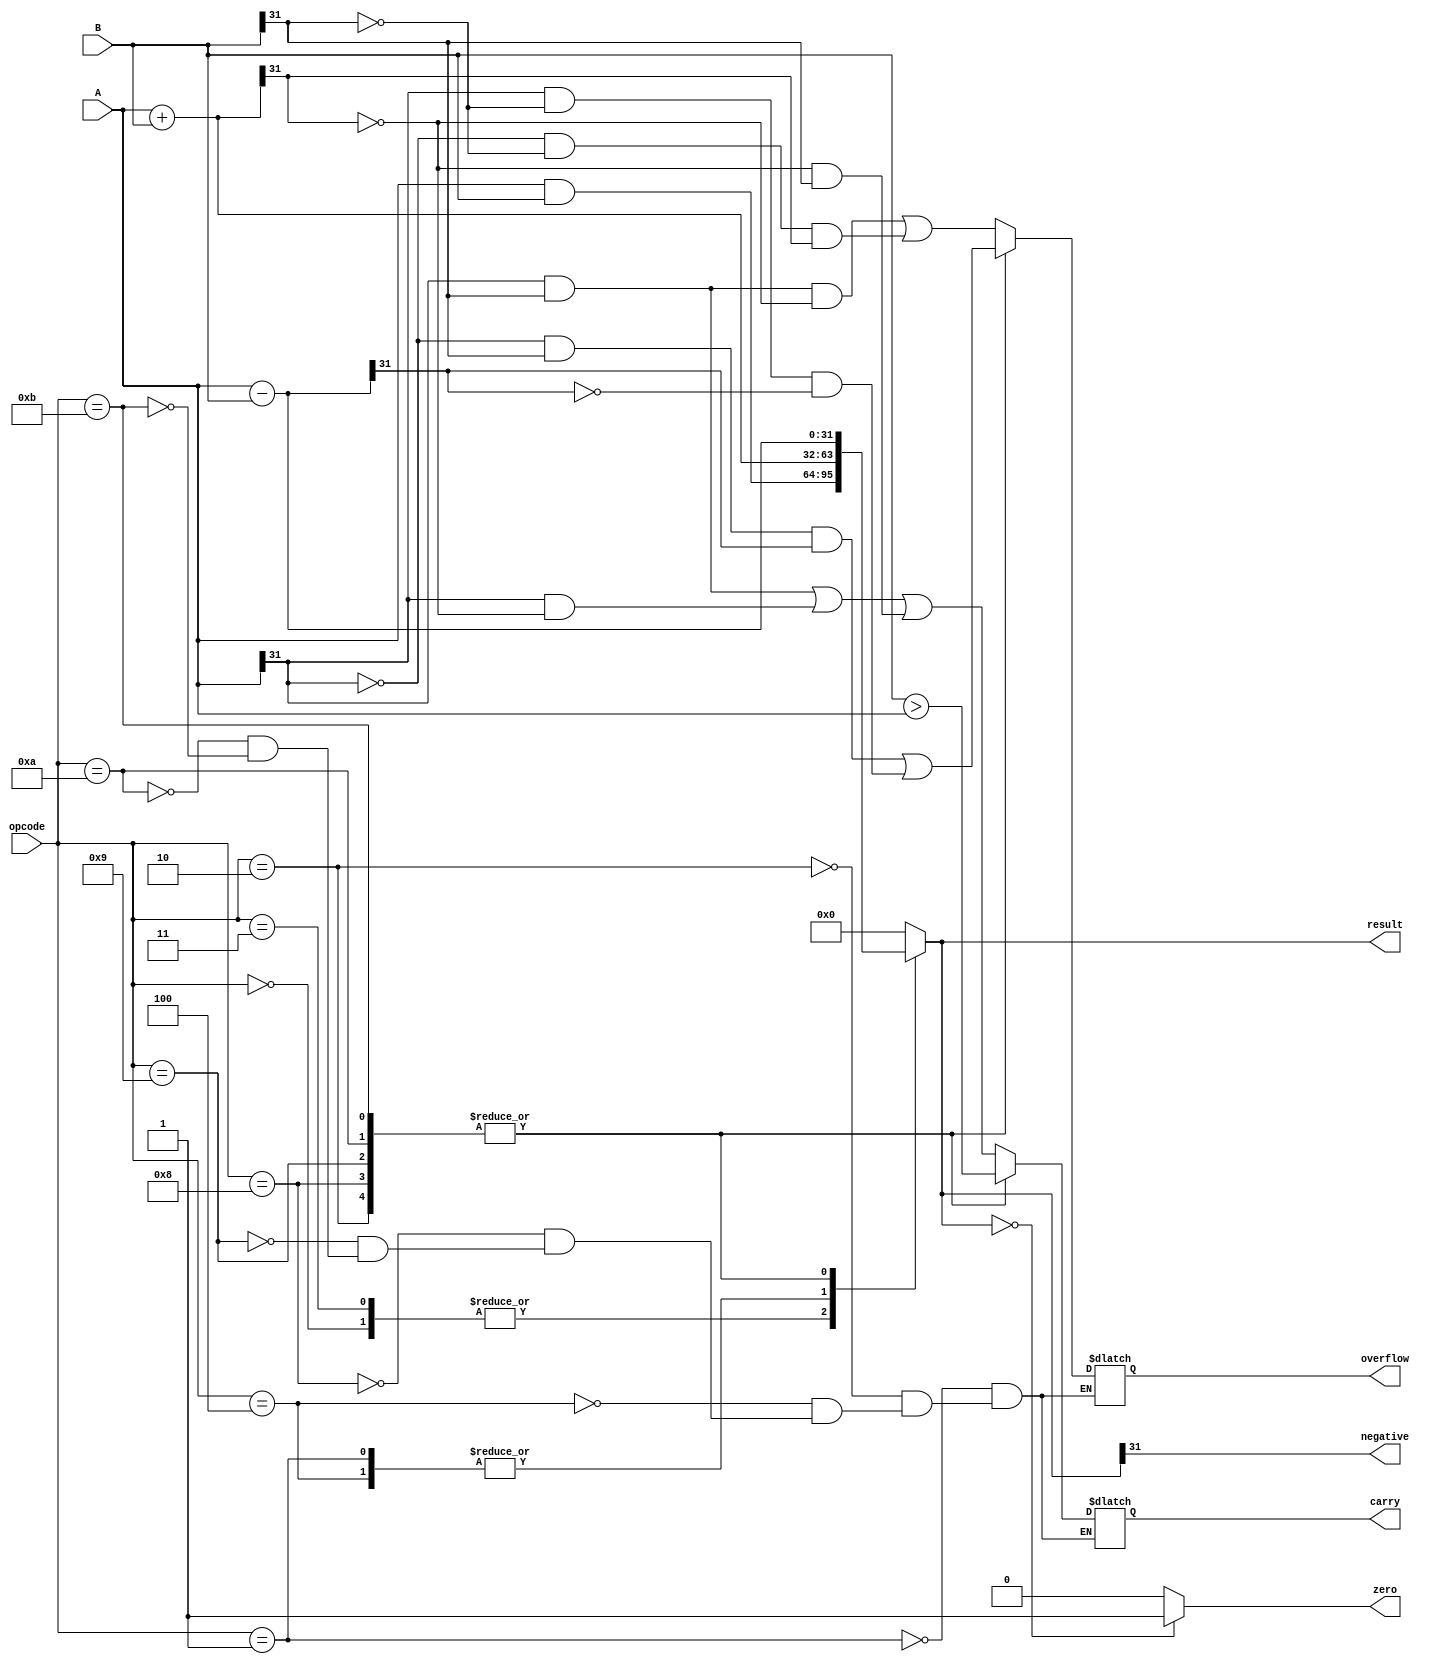
//update
module ALU (
    input [31:0] A,
    input [31:0] B,
    input [5:0] opcode, // 6 bit opcode
    output reg [31:0] result,
    output reg carry,
    output reg zero,
    output reg negative,
    output reg overflow
);

initial begin
    carry = 0;
    zero = 0;
    negative = 0;
    overflow = 0;
end

always @(*) begin
    case (opcode)
        // R-Type Instruction
        6'b000000: begin // AND
            result = A & B;
        end

        6'b000001: begin // ADD
            result = A + B;
            $display("ALU result %0b", result);
            carry = A[31] & B[31] | A[31] & ~result[31] | ~result[31] & B[31]; // Carry out
            overflow = A[31] & B[31] & ~result[31] | ~A[31] & ~B[31] & result[31]; // Overflow for addition
        end

        6'b000010: begin // SUB
            result = A - B;
			$display("ALU result %0b", result);
            carry = B > A; // Borrow in subtraction is the carry here
            overflow = ~A[31] & B[31] & result[31] | A[31] & ~B[31] & ~result[31]; // Overflow for subtraction
        end

		//I-Types Inst 
		
		6'b000011: begin // ANDI
            result = A & B;	 
			$display("ALU result %0b", result);
        end		
		
		6'b000100: begin // ADDI
            result = A + B;
			$display("ALU result %0b", result);
			carry = A[31] & B[31] | A[31] & ~result[31] | ~result[31] & B[31]; // Carry out
            overflow = A[31] & B[31] & ~result[31] | ~A[31] & ~B[31] & result[31]; // Overflow
        end	
		6'b001000: begin //BGT
			result = A - B;	  
			$display("ALU result %0b", result);
            carry = B > A; // Borrow in subtraction is the carry here
            overflow = ~A[31] & B[31] & result[31] | A[31] & ~B[31] & ~result[31]; // Overflow for subtraction
		end
		6'b001001: begin //BLT
			result = A - B;	
			$display("ALU result %0b", result);
            carry = B > A; // Borrow in subtraction is the carry here
            overflow = ~A[31] & B[31] & result[31] | A[31] & ~B[31] & ~result[31]; // Overflow for subtraction
		end		
		6'b001010: begin //BEQ 
			result = A - B;	
			$display("ALU result %0b", result);
            carry = B > A; // Borrow in subtraction is the carry here
            overflow = ~A[31] & B[31] & result[31] | A[31] & ~B[31] & ~result[31]; // Overflow for subtraction
		end
		6'b001011: begin //BNE
			result = A - B;	
			$display("ALU result %0b", result);
            carry = B > A; // Borrow in subtraction is the carry here
            overflow = ~A[31] & B[31] & result[31] | A[31] & ~B[31] & ~result[31]; // Overflow for subtraction
		end
	
        default: begin
            result = 0;
        end
    endcase

    if (result == 0) //set zero flag is equal
		zero = 1;
	else 
		zero = 0;
    $display("source1 = %0h \n source2=%0h\n , opcode = %0d \n Alu Result = %0h \n Z flag =  %0b ", A, B, opcode, result, zero);

    negative = result[31]; // MSB as sign bit
end

endmodule